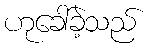
ဟုခေါ်ခဲ့သည်